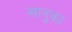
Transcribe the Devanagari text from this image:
खानुका